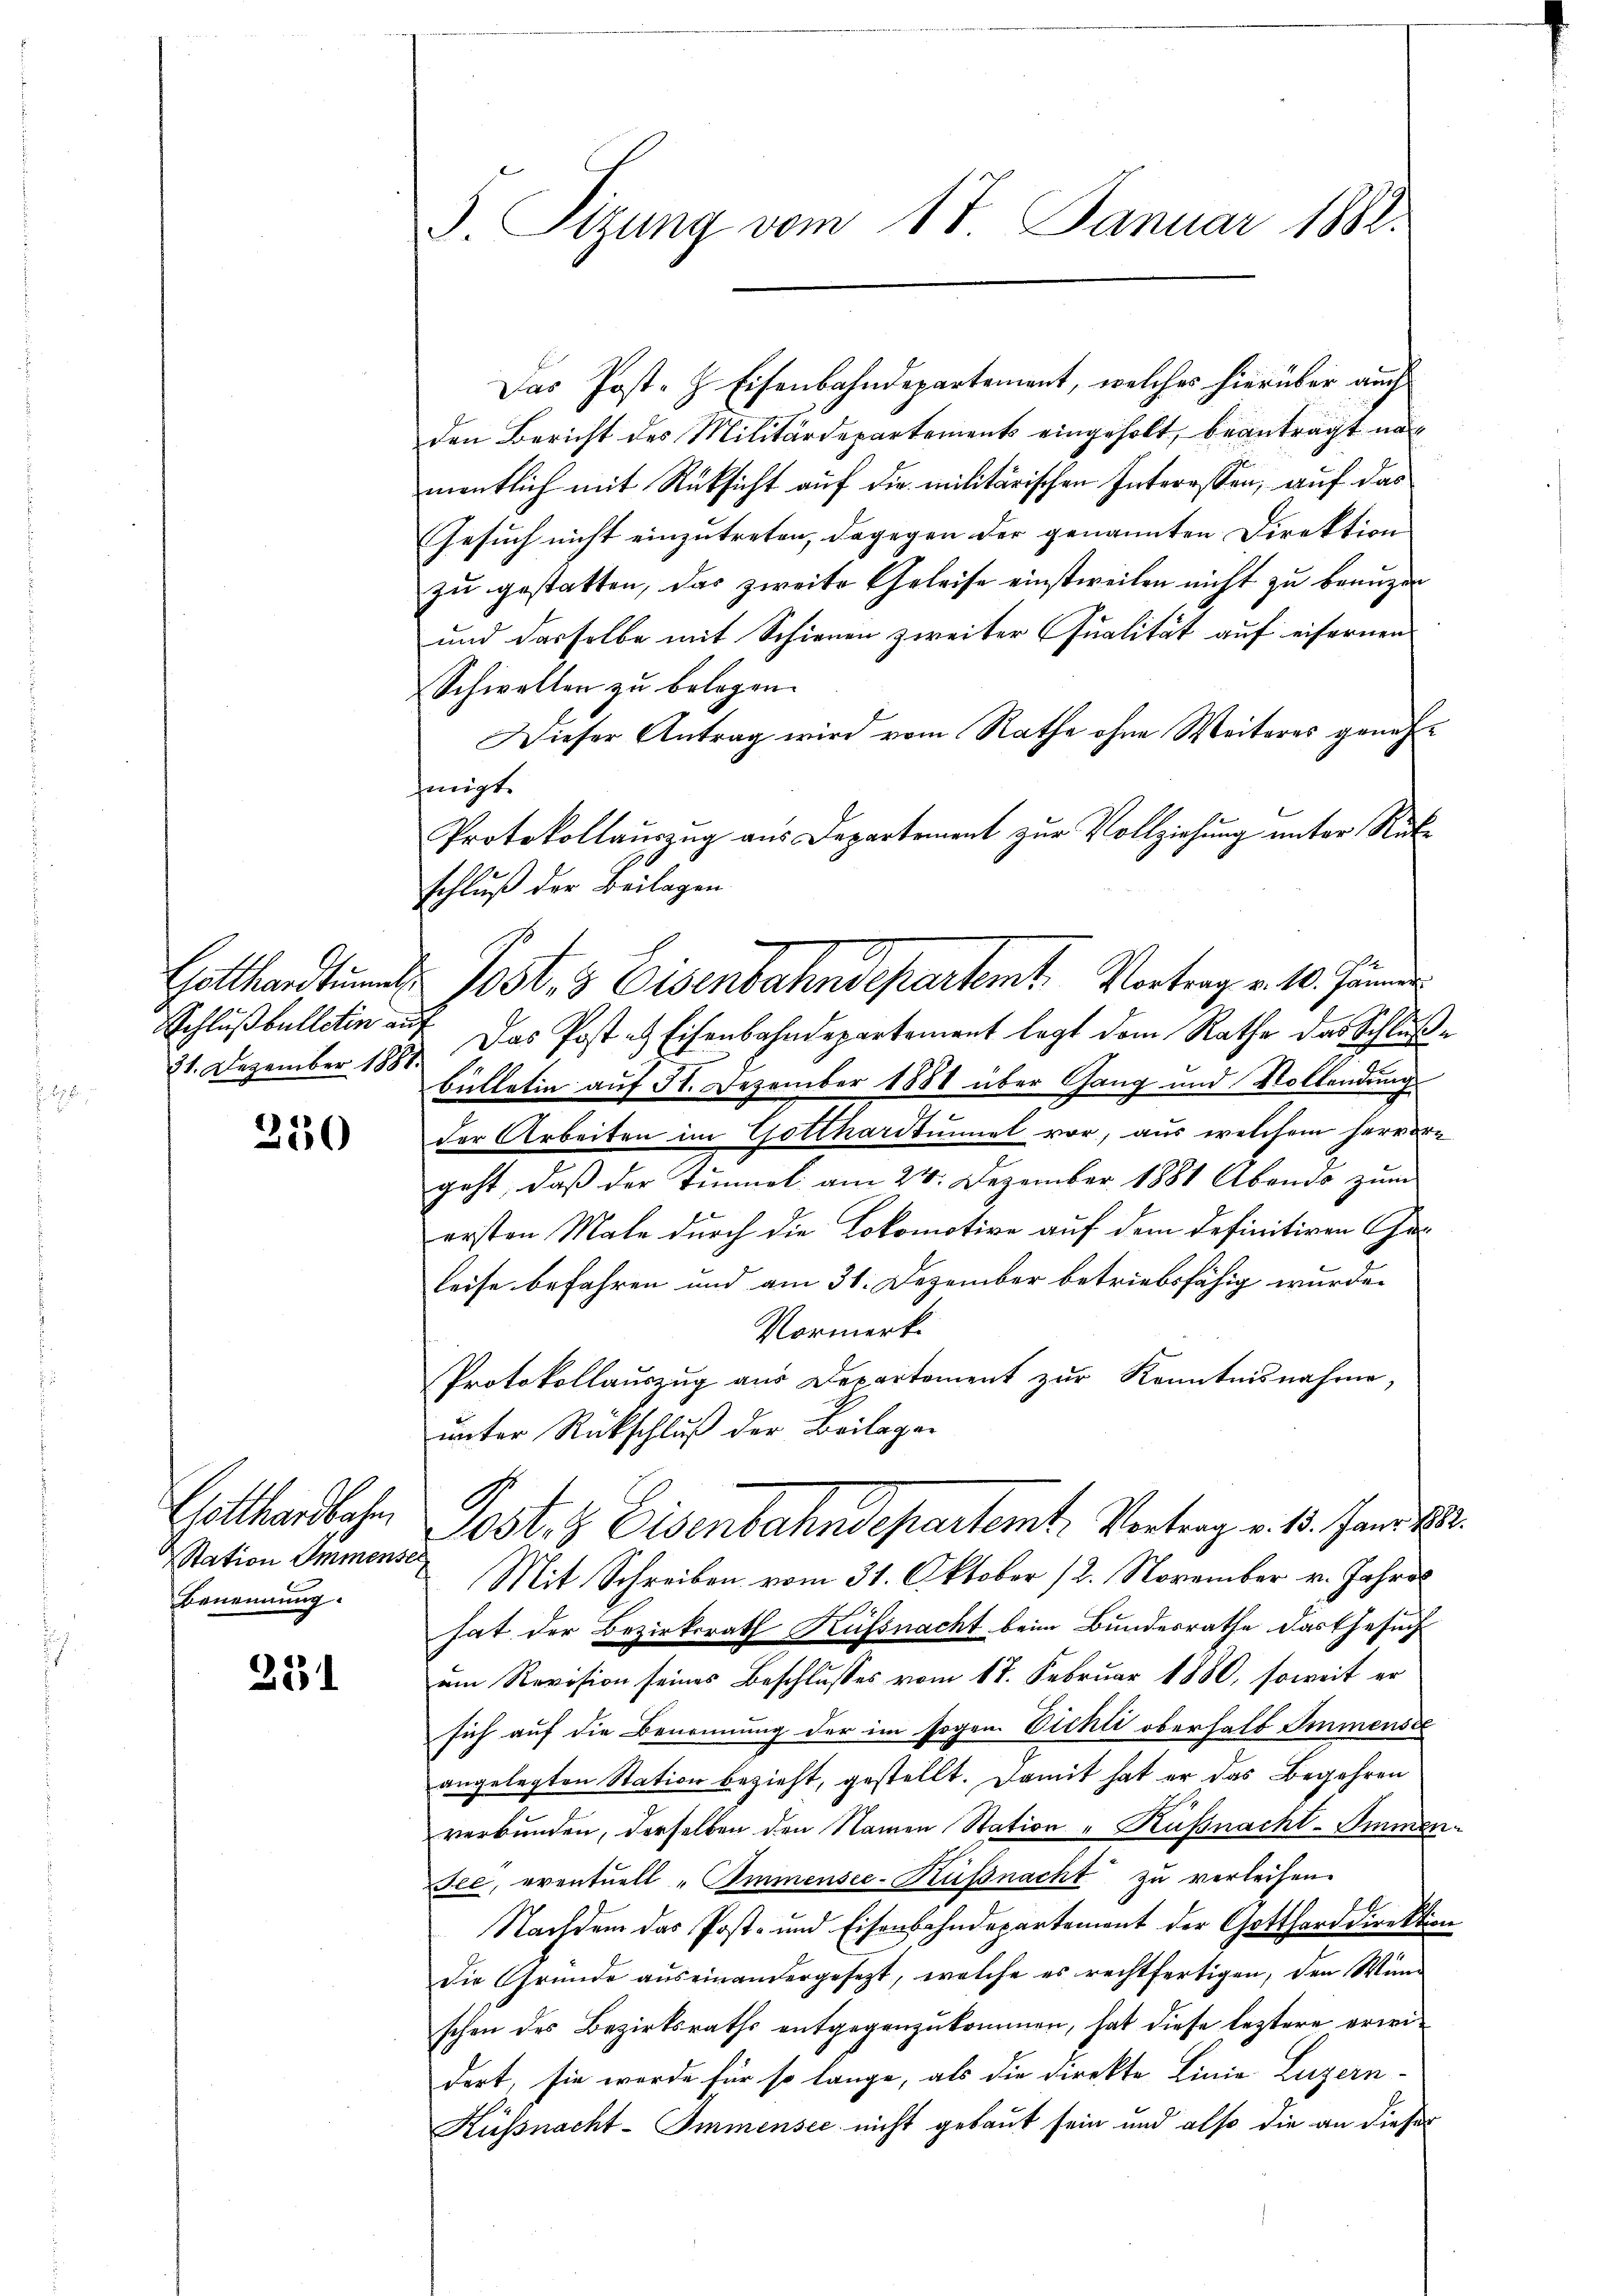
Gotthardtunl
Schlußbulletin an

350

Gotthardbahn
Station Immenser
Benennung.

251

F. Sitzung vom 17. Januar 1882.

Das Post- & Eisenbahndepartement, welches hierüber auch
den Bericht des Militärdepartements eingeholt, beantragt nach
mentlich mit Rücksicht auf die militärischen Interessen, auf das
Gesuch nicht einzutreten, dagegen der genannten Direktion
zu gestatten, das zweite Geleise einstweilen nicht zu benuzen
und dasselbe mit Schienen zweiter Qualität auf eifernen
Schwellen zu belegen.
Dieser Antrag wird vom Rathe ohne Weiteres genehmigt
Protokollauszug aus Departement zur Vollziehung unter Rükschluß der Beilagen
i
21. Dezember 1887. Das Post es Eisenbahndepartement legt dem Rathe das Schlußbulletin auf 31. Dezember 1884 über Gang und Vollendung
der Arbeiten im Gotthardtunnet vor, aus welchem hervor-
geht, daβ der Tunnel am 24. Dezember 1881 Abends zŭm
ersten Male durch die Lokomotive auf dem definitiven Ge¬
Reise befahren und am 31. Dezember betriebsfähig wurde.
Vormerk
Protokollaŭszŭg aŭs Departement zŭr Kenntnisnahme,
unter Rückschluß der Beilagen
Post. Z. Eisenbahndepartemt. Vortrag v. 15. Janit
Mit Schreiben vom 31. Oktober 12. November v. Jahres
hat der Bezirksrath Küssnacht beim Bundesrathe das Gesuch
am Revision seines Beschlusses vom 17. Februar 1880, soweit er
sich auf die Benennung der im sogen Vichti oberhalb Immenste
angelegten Station bezieht, gestellt. Damit hat er das Begehren
verbunden, derselben den Namen Station " Küßnacht-Smmen.
Jee, eventuell "Immensee-Küßnacht zu verleihen.
Nachdem das Post- und Eisenbahndepartement der Gottharddirektion
die Gründe aŭs einandergesezt, welche es rechtfertigen, den Wind
schen des Bezirksraths entgegenzukommen, hat diese leztere erwidert, sie wurde für so lange, als die Direkte Linie Luzern-
Küssnacht- Immensee nicht gebaut sein und also die an dieser

Post, 3 Eisenbahndepartemt. Vortrag v. 10. Jänner